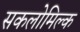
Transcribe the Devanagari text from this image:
सकलोमिल्क